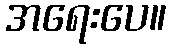
အရေးပေ။